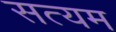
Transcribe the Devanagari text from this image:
सत्यम